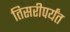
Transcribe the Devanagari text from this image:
तिसरीपर्यंत